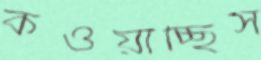
কওয়াচ্ছিস